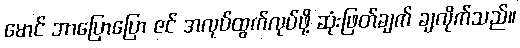
မောင် ဘာပြောပြော ဇင် အလုပ်ထွက်လုပ်ဖို့ ဆုံးဖြတ်ချက် ချလိုက်သည်။